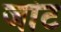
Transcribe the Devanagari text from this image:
जांट